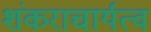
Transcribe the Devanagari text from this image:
शंकराचार्यत्व